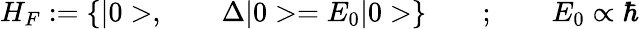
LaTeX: H_{F}:={\{ |0>,\qquad\Delta|0>=E_{0}|0>}\} \qquad;\qquad E_{0}\propto\hbar